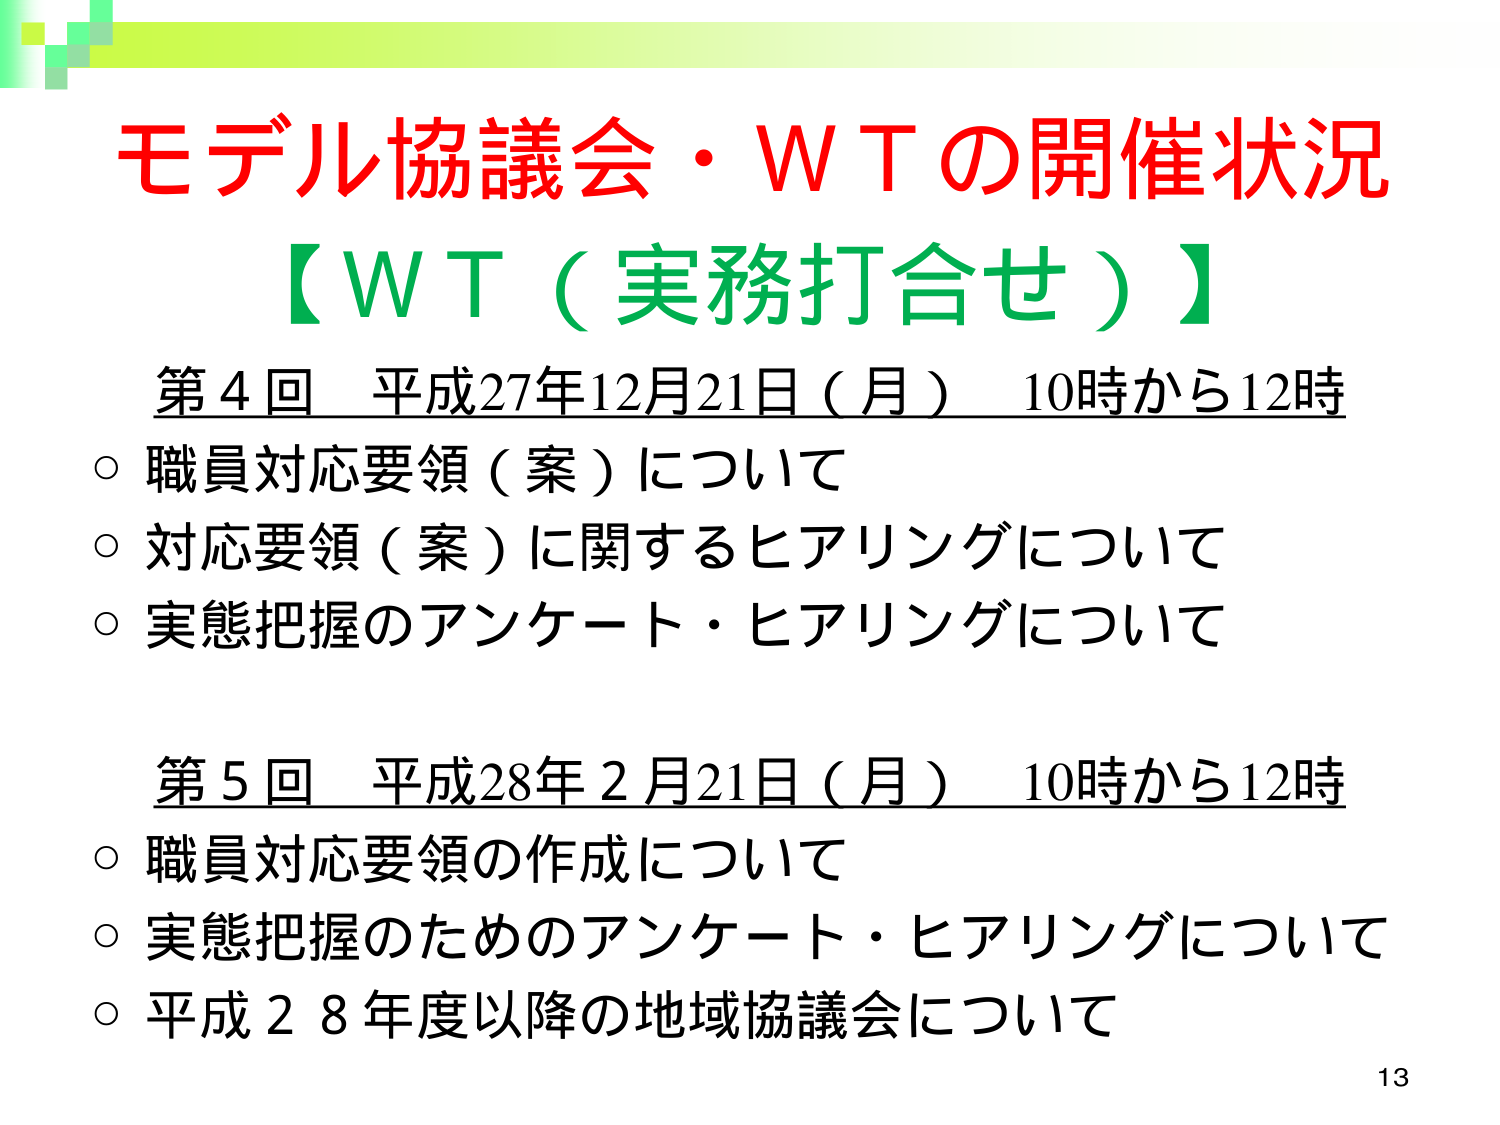
モデル協議会・ＷＴの開催状況
【ＷＴ（実務打合せ）】
第４回 平成27年12月21日（月） 10時から12時
○ 職員対応要領（案）について
○ 対応要領（案）に関するヒアリングについて
○ 実態把握のアンケート・ヒアリングについて

第５回 平成28年２月21日（月） 10時から12時
○ 職員対応要領の作成について
○ 実態把握のためのアンケート・ヒアリングについて
○ 平成２８年度以降の地域協議会について

13